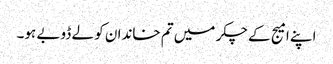
اپنے امیج کے چکر میں تم خاندان کو لے ڈوبے ہو۔